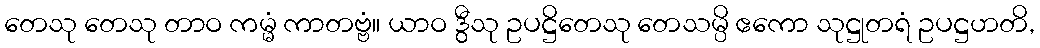
တေသု တေသု တာဝ ကမ္မံ ကာတဗ္ဗံ။ ယာဝ ဒွီသု ဥပဋ္ဌိတေသု တေသမ္ပိ ဧကော သုဋ္ဌုတရံ ဥပဋ္ဌဟတိ,